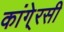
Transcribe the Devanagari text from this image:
कांगे्रसी